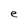
Character: e